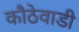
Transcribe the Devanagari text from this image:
कौठेवाडी